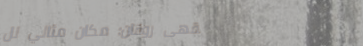
مقهى روقان: مكان مثالي لل